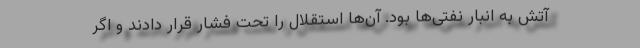
آتش به انبار نفتی‌ها بود. آن‌ها استقلال را تحت فشار قرار دادند و اگر